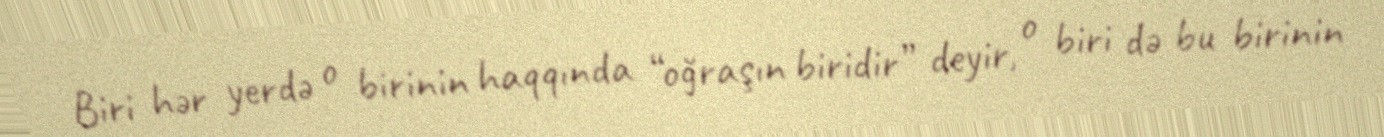
Biri hər yerdə o birinin haqqında “oğraşın biridir” deyir, o biri də bu birinin